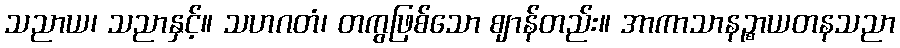
သညာယ၊ သညာနှင့်။ သဟဂတံ၊ တကွဖြစ်သော ဈာန်တည်း။ အာကာသာနဉ္စာယတနသညာ